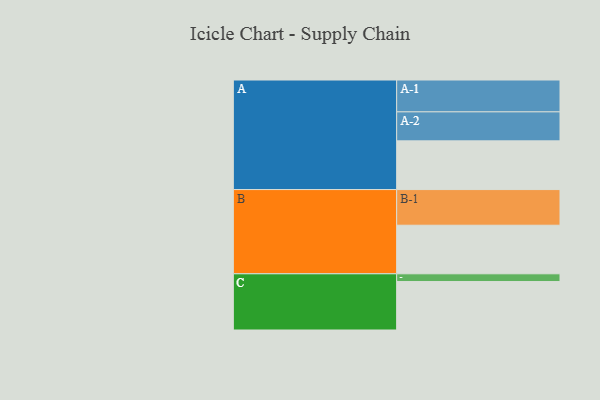
{"axis": {"x": "Segment", "y": "Value"}, "legend": ["", "A", "B", "C"], "data": [{"x": "A", "y": 396, "type": ""}, {"x": "B", "y": 395, "type": ""}, {"x": "C", "y": 394, "type": ""}, {"x": "A-1", "y": 259, "type": "A"}, {"x": "A-2", "y": 236, "type": "A"}, {"x": "B-1", "y": 290, "type": "B"}, {"x": "C-1", "y": 63, "type": "C"}]}